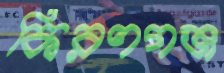
কিরণগঞ্জ